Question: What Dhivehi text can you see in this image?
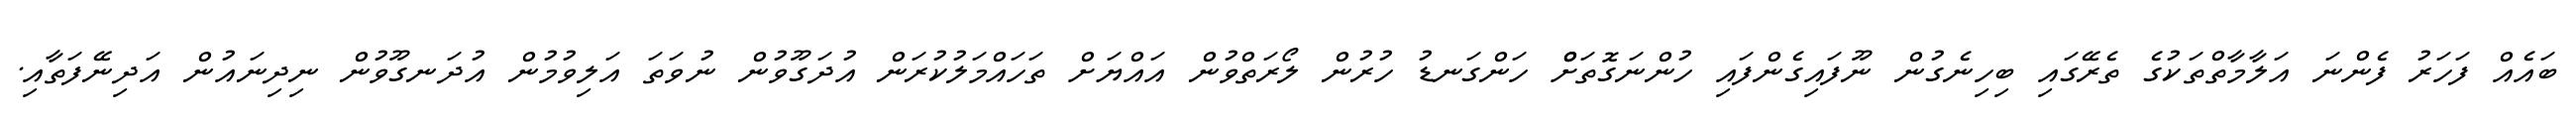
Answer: ބައެއް ފަހަރު ފެންނަ އަލާމާތްތަކުގެ ތެރޭގައި ބިހިނެގުން ނޫފައިގެންފައި ހުންނަގޮތަށްް ހަންގަނޑު ހުރުން ލޯރަތްވުން އައްޔަށް ތަހައްމަލުކުރަން އުދަގޫވުން ނުވަތަ އަލިވުމުން އުދަނގޫވުން ނިދިނައުން އަދިނޭފަތާއި.